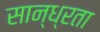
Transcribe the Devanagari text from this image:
सान्ध्रता